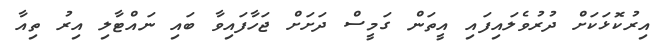
އިރުކޮޅަކަށް ދުރުވެލައިފައި އީތަން ގަމީސް ދަށަށް ޖަހާފައިވާ ބައި ނައްޓާލި އިރު ތިއާ